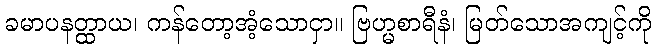
ခမာပနတ္ထာယ၊ ကန်တော့အံ့သောငှာ။ ဗြဟ္မစာရီနံ၊ မြတ်သောအကျင့်ကို